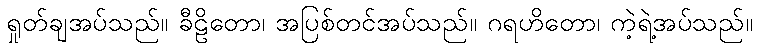
ရှုတ်ချအပ်သည်။ ခီဠိတော၊ အပြစ်တင်အပ်သည်။ ဂရဟိတော၊ ကဲ့ရဲ့အပ်သည်။